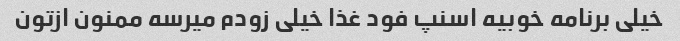
خیلی برنامه خوبیه اسنپ فود غذا خیلی زودم میرسه ممنون ازتون